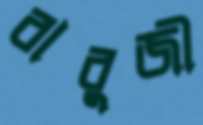
বাবুজী